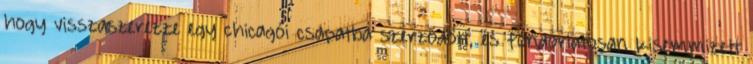
hogy visszaszerezze egy chicagói csapatba szerződött, és fondorlatosan kisemmizett